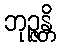
ဘုဉ္ဇန္တိ